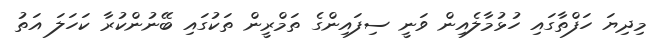
މިދިޔަ ހަފްތާގައި ހުޅުމާލެއިން ވަނީ ސިފައިންގެ ތަމްރީން ތަކުގައި ބޭނުންކުރާ ކަހަލަ އަތު